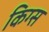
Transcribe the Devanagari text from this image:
किग्स